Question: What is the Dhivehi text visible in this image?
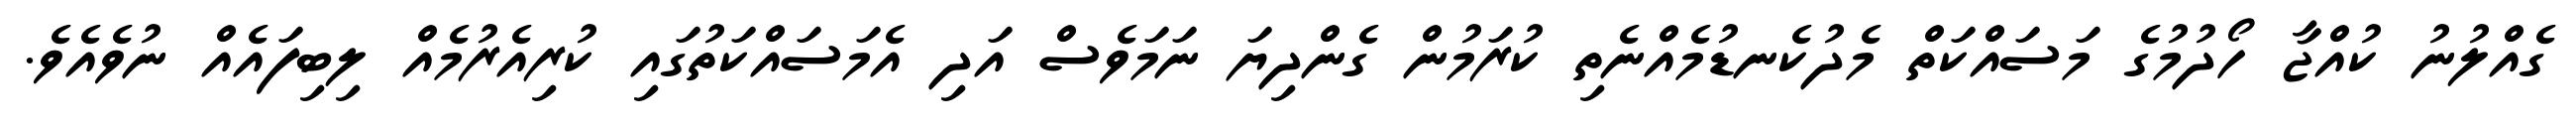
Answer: ގެއްލުނު ކުއްޖާ ހޯދުމުގެ މަސައްކަތް މެދުކެނޑުމެއްނެތި ކުރަމުން ގެންދިޔަ ނަމަވެސް އަދި އެމަސައްކަތުގައި ކުރިއެރުމެއް ލިބިފައެއް ނުވެއެވެ.